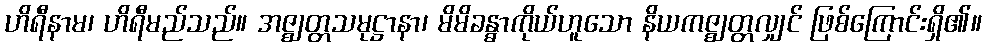
ဟိရီနာမ၊ ဟိရီမည်သည်။ အဇ္ဈတ္တသမုဋ္ဌာနာ၊ မိမိခန္ဓာကိုယ်ဟူသော နိယကဇ္ဈတ္တလျှင် ဖြစ်ကြောင်းရှိ၏။